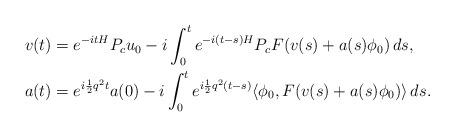
LaTeX: \begin{align*}v(t) & = e^{-itH}P_c u_0 -i\int_0^t e^{-i(t-s)H}P_c F(v(s)+a(s)\phi_0)\,ds, \\a(t) & = e^{i\frac{1}{2}q^2t}a(0)-i\int_0^t e^{i\frac12 q^2(t-s)}\langle\phi_0, F(v(s)+a(s)\phi_0)\rangle\,ds. \end{align*}